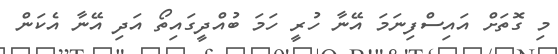
މި ގޮތަށް އައިސްފިނަމަ އޭނާ ހުރީ ހަމަ ބުއްދީގައިތޯ އަދި އޭނާ އެކަން